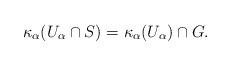
LaTeX: \begin{align*} \kappa_\alpha(U_\alpha \cap S) = \kappa_\alpha(U_\alpha) \cap G. \end{align*}